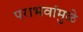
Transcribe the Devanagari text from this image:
पराभवांमुळे